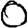
Digit: 0